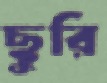
ছুরি